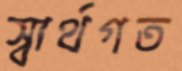
স্বার্থগত